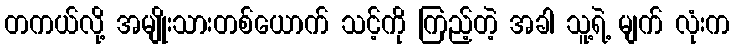
တကယ်လို့ အမျိုးသားတစ်ယောက် သင့်ကို ကြည့်တဲ့ အခါ သူ့ရဲ့ မျက် လုံးက